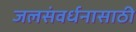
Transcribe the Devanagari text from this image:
जलसंवर्धनासाठी